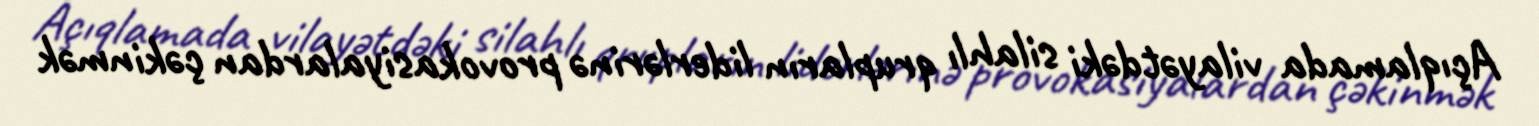
Açıqlamada vilayətdəki silahlı qrupların liderlərinə provokasiyalardan çəkinmək